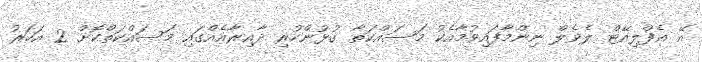
އޭ އެފްލިއޭޓް ލެވެލް ނިންމާފައިވުމާއެކު މަސައްކަތާ ގުޅުންހުރި ދާއިރާއެއްގައި މަސައްކަތްކޮށް 2 އަހަރު